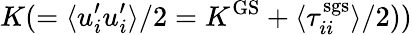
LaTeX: K(=\langle u_{i}^{\prime}u_{i}^{\prime}\rangle/2=K^{\mathrm{GS}}+\langle\tau_{ii}^{\mathrm{sgs}}\rangle/2))